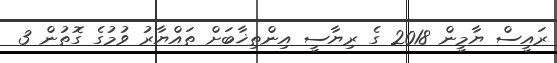
ރައީސް ޔާމީން 2018 ގެ ރިޔާސީ އިންތިޚާބަށް ތައްޔާރު ވުމުގެ ގޮތުން 3